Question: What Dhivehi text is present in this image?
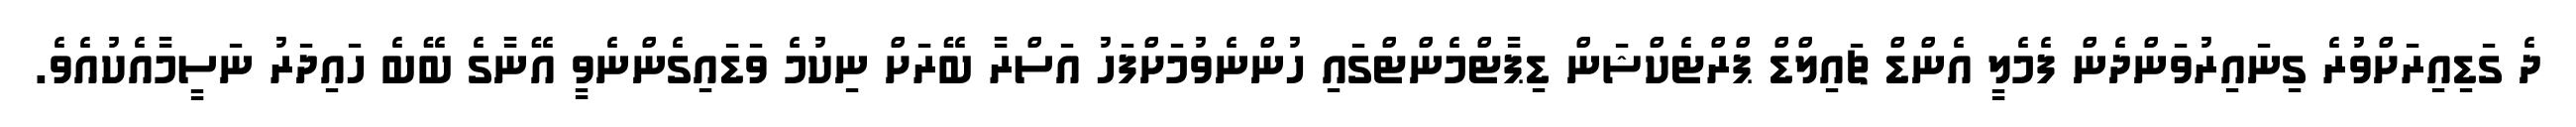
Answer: ދެ ގަޑިއިރަށްވުރެ ގިނައިރުވަންދެން ފެމެލީ އެންޑް ޗައިލްޑް ޕްރްޓެކްޝަން ޑިޕާޓްމެންޓްގައި ހުންނެވުމަށްފަހު އަސްރާ ބޭރަށް ނިކުމެ ވަޑައިގެންނެވީ އޭނާގެ ބޭބެ ހައިދަރު ނަސީމާއެކުއެވެ.